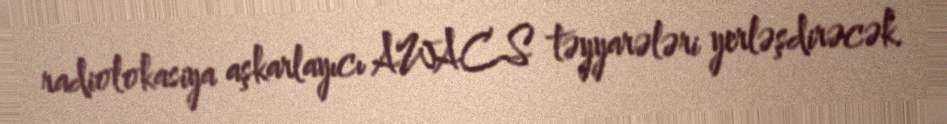
radiolokasiya aşkarlayıcı AWACS təyyarələri yerləşdirəcək.